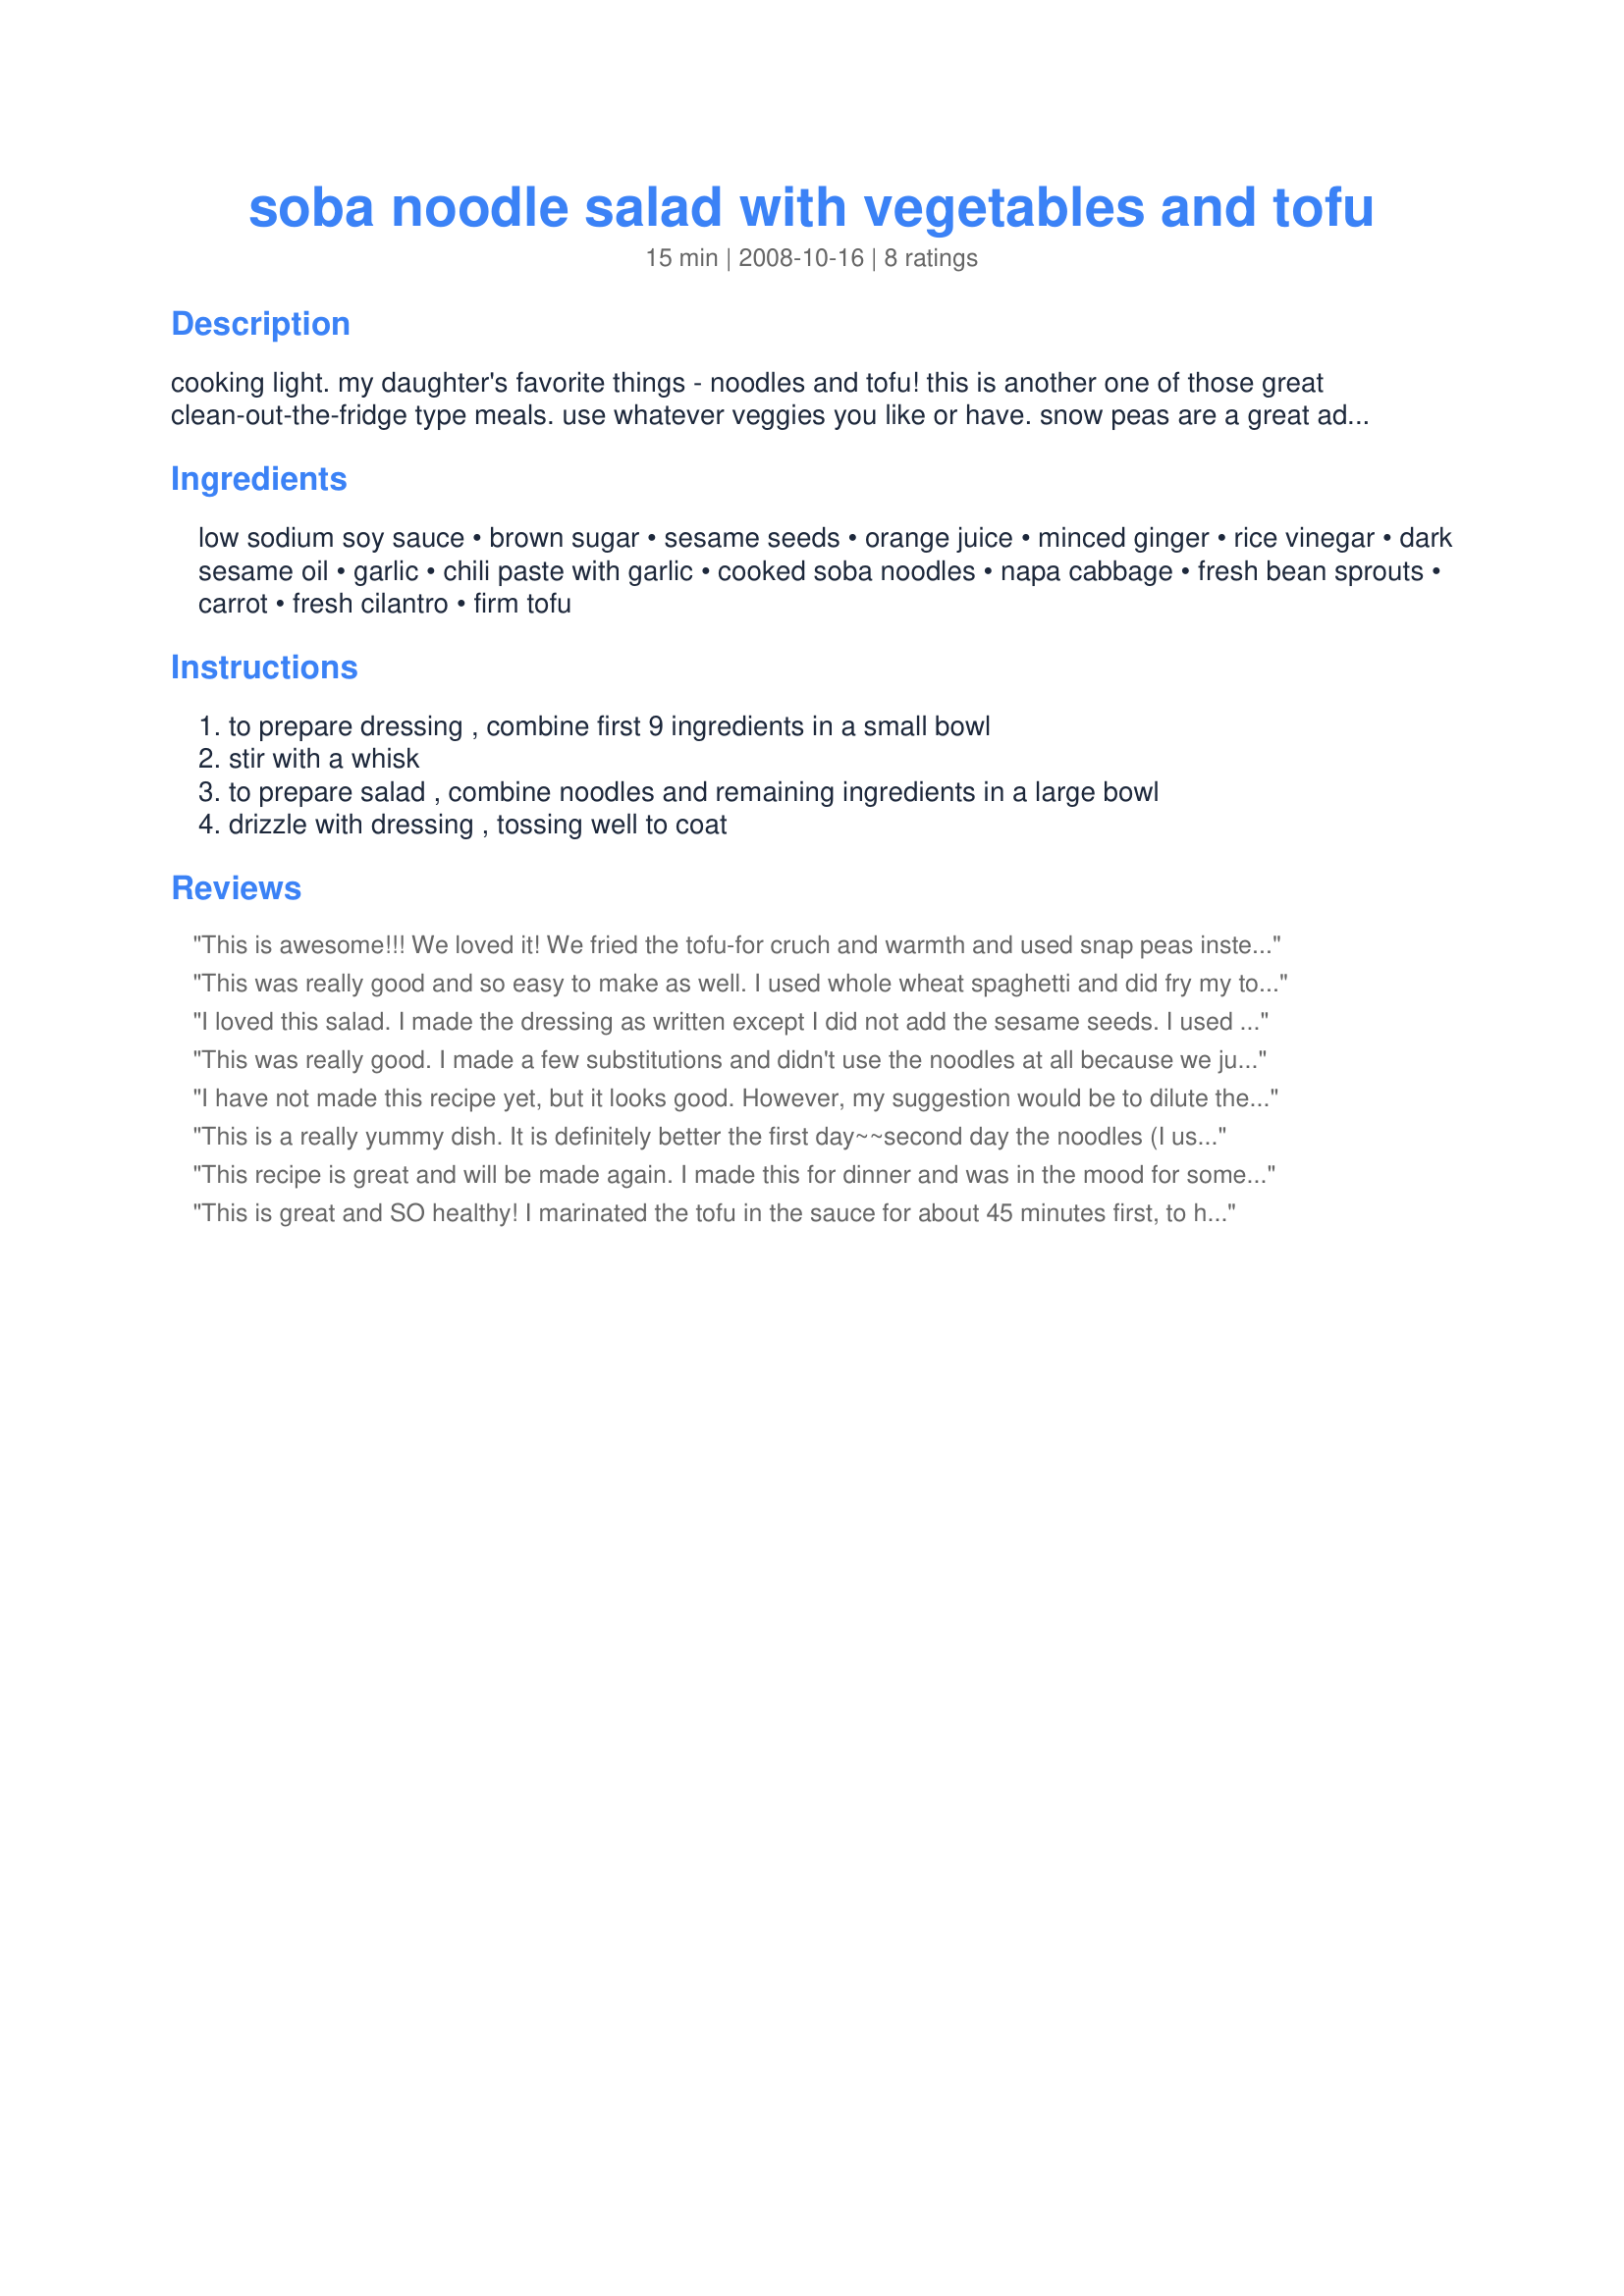
soba noodle salad with vegetables and tofu
Preparation time: 15 minutes

cooking light. my daughter's favorite things - noodles and tofu! this is another one of those great clean-out-the-fridge type meals. use whatever veggies you like or have. snow peas are a great additon.

Ingredients:
low sodium soy sauce, brown sugar, sesame seeds, orange juice, minced ginger, rice vinegar, dark sesame oil, garlic, chili paste with garlic, cooked soba noodles, napa cabbage, fresh bean sprouts, carrot, fresh cilantro, firm tofu

Steps:
to prepare dressing , combine first 9 ingredients in a small bowl, stir with a whisk, to prepare salad , combine noodles and remaining ingredients in a large bowl, drizzle with dressing , tossing well to coat

Reviews:
This is awesome!!! We loved it! We fried the tofu-for cruch and warmth and used snap peas instead of carrots (just a preference). It turned out great! Next time I will add more spice just because I like things really spicy but otherwise this is just about a perfect recipe!!! Thanks dicent!!!!!!!
This was really good and so easy to make as well. I used whole wheat spaghetti and did fry my tofu before adding it to the mix. Otherwise I made as stated. I was happily surprised to find out my husband loved it! He is excited to take leftovers tomorrow for work. Thanks for a great recipe!
I loved this salad. I made the dressing as written except I did not add the sesame seeds. I used spinach not cabbage and was out of bean sprouts and tofu. I also had made
 Recipe# 332262 that I put on top of this salad. This was so flavourful and easy to make. The aroma of the dressing was wonderful. I did heat my noodles before adding. Thanks for a great recipe.
This was really good. I made a few substitutions and didn't use the noodles at all because we just weren't in the mood for pasta. Even without the pasta, this was a delicious, light, easy to prepare hot weather dish. We will be having this again for sure. Thank you so much.
I have not made this recipe yet, but it looks good. However, my suggestion would be to dilute the soy sauce because I don't know if a low sodium variety of soy sauce is possible to find. I use one part soy sauce (China Lily brand in Canada has the lowest sodium content) to two parts white wine vinegar. Less salty after taste, but soy flavour remains.
This is a really yummy dish. It is definitely better the first day~~second day the noodles (I used soba) were a bit soggy. But the flavor was very good. Thanks for sharing! :O)
This recipe is great and will be made again. I made this for dinner and was in the mood for something hot, so I cooked the tofu until brown, then added the cabbage for a couple minutes while my soba noodles finished cooking. I immediately tossed everything together for a nice, warm meal. For the dressing, I had to make a couple substitutions. I did not have orange juice, so I used 1 tbsp water and 1 tbsp lime juice. I also minced 1 garlic clove in place of the bottled minced. I am normally not a fan of bean sprouts, but it worked really well in this dish, as well as the cilantro. I had the leftovers the next day, cold, and they were more salad-like, very good as well. Thank you for posting.
This is great and SO healthy! I marinated the tofu in the sauce for about 45 minutes first, to help it soak up the flavor of the sauce. Otherwise, I made it as instructed. We both loved it! Next time I might add some chopped peanuts. Thanks for the great recipe!
